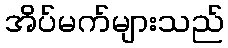
အိပ်မက်များသည်